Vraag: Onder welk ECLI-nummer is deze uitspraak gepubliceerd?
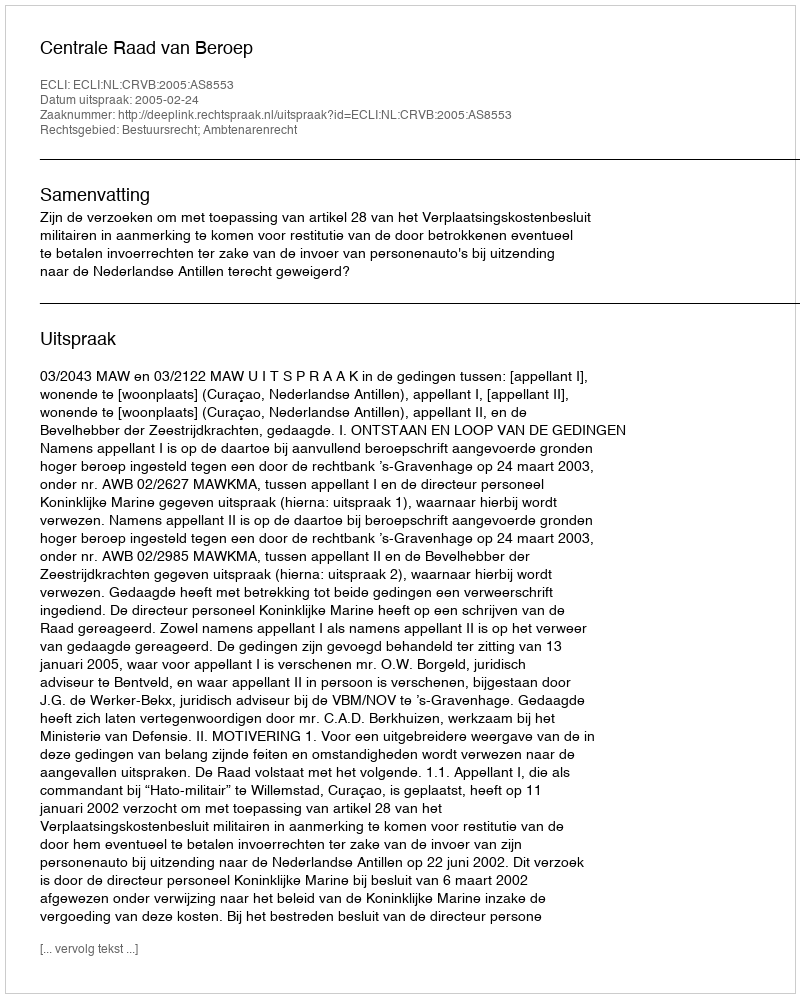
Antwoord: ECLI:NL:CRVB:2005:AS8553